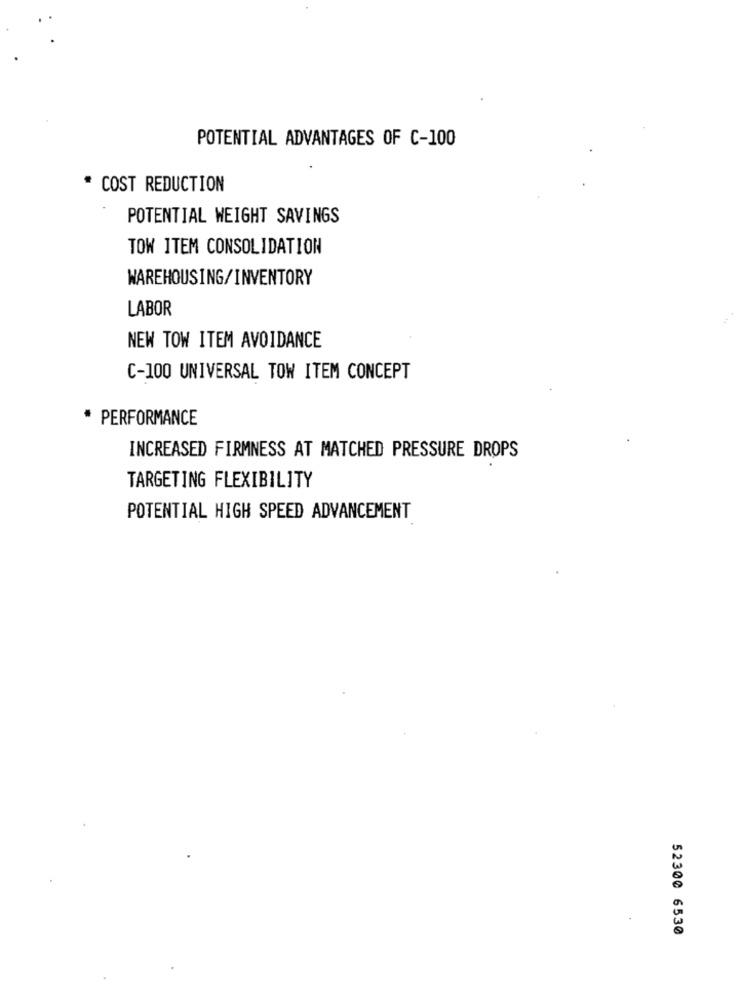
POTENTIAL ADVANTAGES OF C-100
COST REDUCTION
POTENTIAL WEIGHT SAVINGS
TOW ITEM CONSOLIDATION
WAREHOUSING/INVENTORY
LABOR
NEW TOW ITEM AVOIDANCE
C-100 UNIVERSAL TOW ITEM CONCEPT
* PERFORMANCE
INCREASED FIRMNESS AT MATCHED PRESSURE DROPS
TARGETING FLEXIBILITY
POTENTIAL HIGH SPEED ADVANCEMENT
.
52300 6530